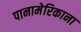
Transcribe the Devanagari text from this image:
पानामेरिकाना